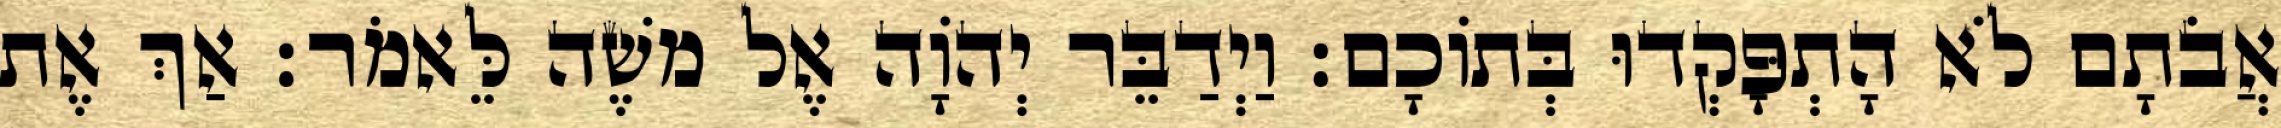
אֲבֹתָם לֹא הָתְפָּקְדוּ בְּתוֹכָם׃ וַיְדַבֵּר יְהוָֹה אֶל משֶׁה לֵּאמֹר׃ אַךְ אֶת